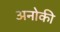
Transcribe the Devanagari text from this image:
अनोकी